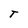
Character: T